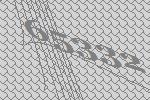
65332